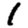
Digit: 1